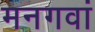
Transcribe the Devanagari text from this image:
मनगवां